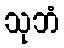
သုဘံ